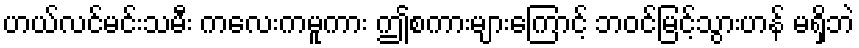
ဟယ်လင်မင်းသမီး ကလေးကမူကား ဤစကားများကြောင့် ဘဝင်မြင့်သွားဟန် မရှိဘဲ